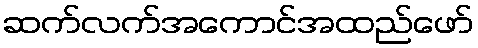
ဆက်လက်အကောင်အထည်ဖော်